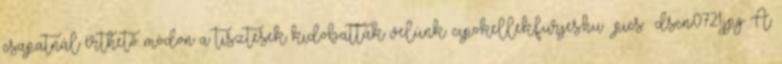
csapatnál érthető módon a tisztesek kidobatták velünk. cipokellek.furjes.hu pics dscn0721.jpg A